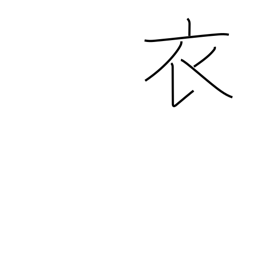
Meaning: garment